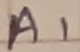
Text: A1